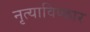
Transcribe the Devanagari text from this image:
नृत्याविष्कार